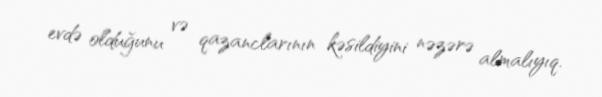
evdə olduğunu və qazanclarının kəsildiyini nəzərə almalıyıq.